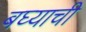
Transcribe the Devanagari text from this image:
बघ्याची